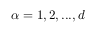
\alpha = 1 , 2 , . . . , d